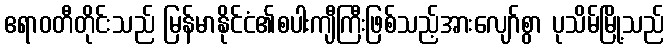
ဧရာဝတီတိုင်းသည် မြန်မာနိုင်ငံ၏စပါးကျီကြီးဖြစ်သည့်အားလျော်စွာ ပုသိမ်မြို့သည်